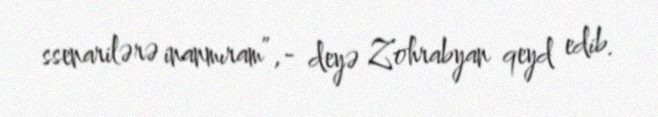
ssenarilərə inanmıram”,- deyə Zohrabyan qeyd edib.